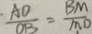
\frac { \cdot A D } { O B } = \frac { B M } { M D }